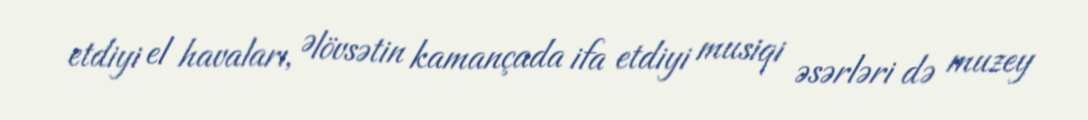
etdiyi el havaları, Əlövsətin kamançada ifa etdiyi musiqi əsərləri də muzey